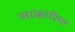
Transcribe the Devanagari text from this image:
जाकारिया